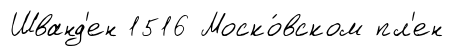
Шванд'ен 1516 Моско́вском пл'ен